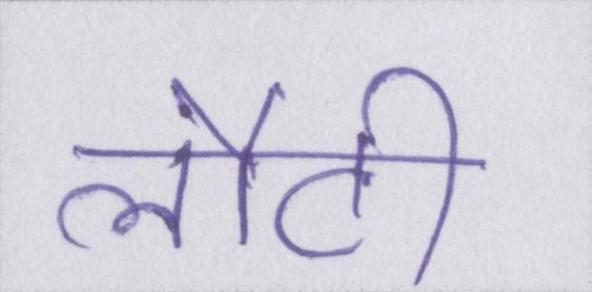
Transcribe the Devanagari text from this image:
लौटी